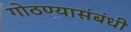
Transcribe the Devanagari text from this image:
गोठण्यासंबंधी